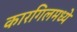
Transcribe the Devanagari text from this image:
कारगिलमध्ये